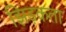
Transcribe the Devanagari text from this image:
झिड़कता